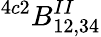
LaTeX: ^{4c2}B_{12,34}^{II}